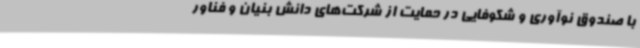
با صندوق نوآوری و شکوفایی در حمایت از شرکت‌های دانش بنیان و فناور